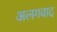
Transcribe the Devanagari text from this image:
अलगवाद